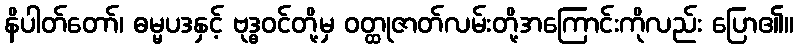
နိပါတ်တော်၊ ဓမ္မပဒနှင့် ဗုဒ္ဓဝင်တို့မှ ဝတ္ထုဇာတ်လမ်းတို့အကြောင်းကိုလည်း ပြော၏။